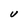
Character: U